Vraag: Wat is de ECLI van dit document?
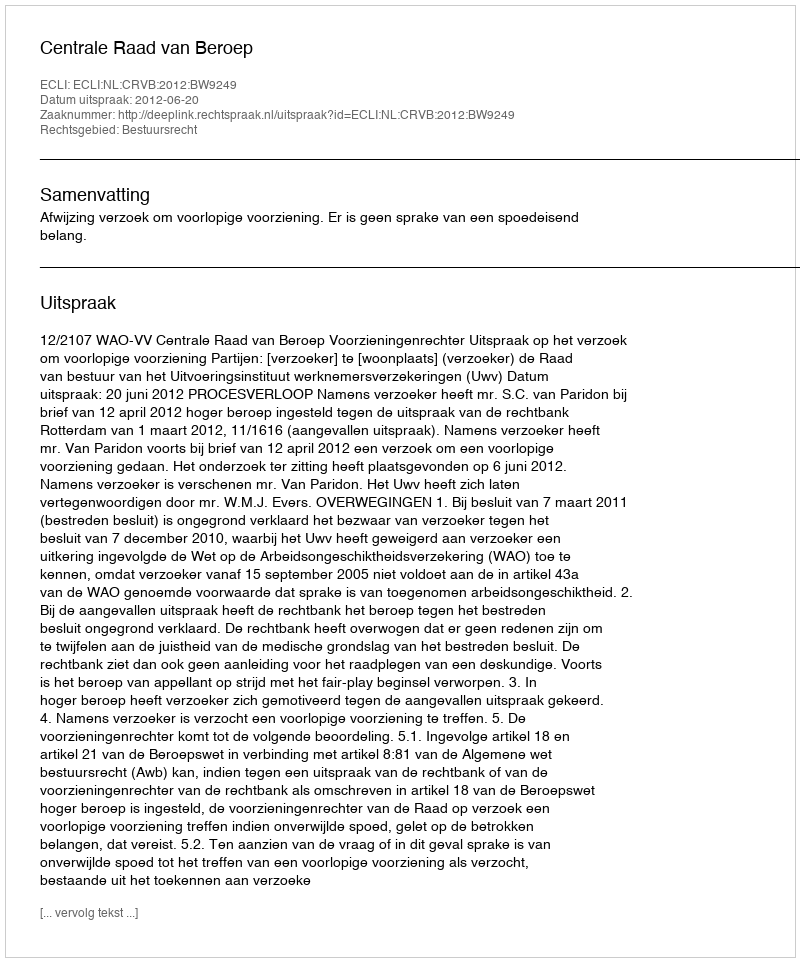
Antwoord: ECLI:NL:CRVB:2012:BW9249